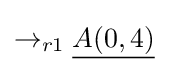
\rightarrow _{r1}{\underline {A(0,4)}}